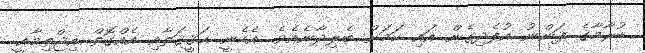
ޑުރާމާގެ ފަންނު އުފެދިގެން އައި ކަމަށް ބެލިދާނެއެވެ. އެހެނީ ޙަޤީޤަތާއި އެއްގޮތް އިޖްތިމާޢީ